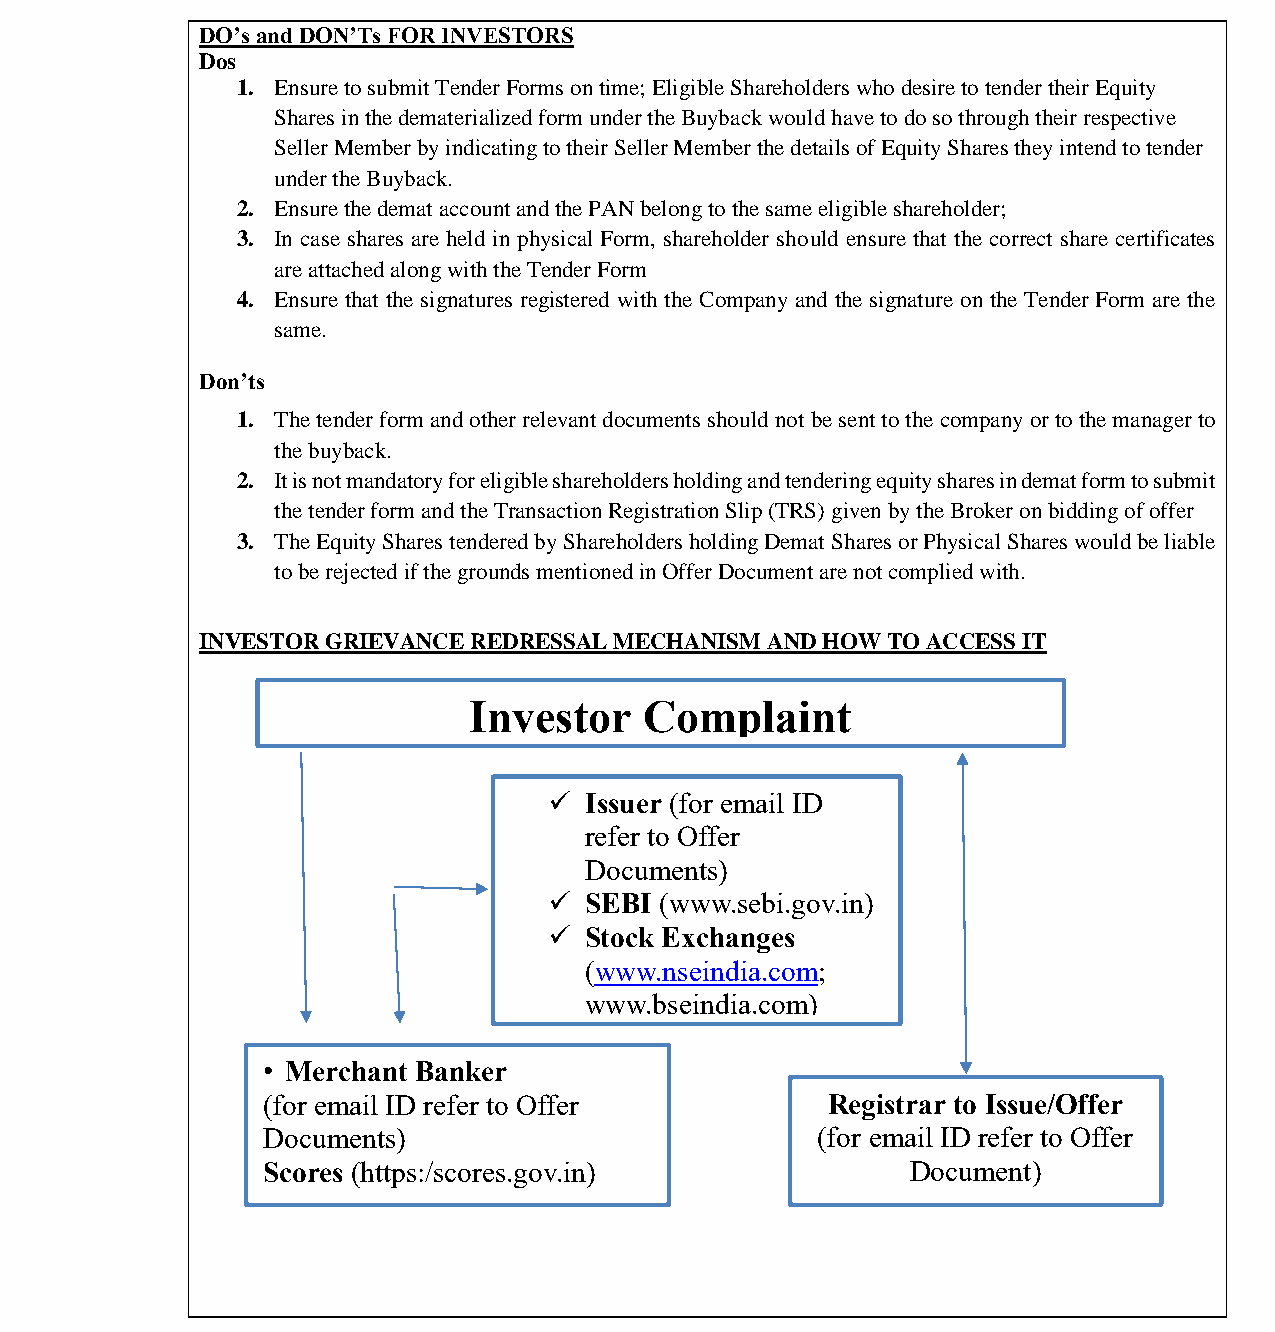
भारतीयप्रततभूततऔरवितिमयबोर्ड
 Securities and Exchange Board of India
 DO’s and DON’Ts FOR INVESTORS
 Dos
 1. Ensure to submit Tender Forms on time; Eligible Shareholders who desire to tender their Equity
 Shares in the dematerialized form under the Buyback would have to do so through their respective
 Seller Member by indicating to their Seller Member the details of Equity Shares they intend to tender
 under the Buyback.
 2. Ensure the demat account and the PAN belong to the same eligible shareholder;
 3. In case shares are held in physical Form, shareholder should ensure that the correct share certificates
 are attached along with the Tender Form
 4. Ensure that the signatures registered with the Company and the signature on the Tender Form are the
 same.
 Don’ts
 1. The tender form and other relevant documents should not be sent to the company or to the manager to
 the buyback.
 2. It is not mandatory for eligible shareholders holding and tendering equity shares in demat form to submit
 the tender form and the Transaction Registration Slip (TRS) given by the Broker on bidding of offer
 3. The Equity Shares tendered by Shareholders holding Demat Shares or Physical Shares would be liable
 to be rejected if the grounds mentioned in Offer Document are not complied with.
 INVESTOR GRIEVANCE REDRESSAL MECHANISM AND HOW TO ACCESS IT
 Investor    Complaint
   Issuer (for email ID
 refer to Offer
 Documents)
   SEBI (www.sebi.gov.in)
   Stock Exchanges
 (www.nseindia.com;
 www.bseindia.com)
 • Merchant Banker
 (for email ID refer to Offer          Registrar to Issue/Offer
 Documents)                           (for email ID refer to Offer
 Scores (https:/scores.gov.in)              Document)
 •  Scores
 (https:/scores.gov.in)
 Page 38 of 52